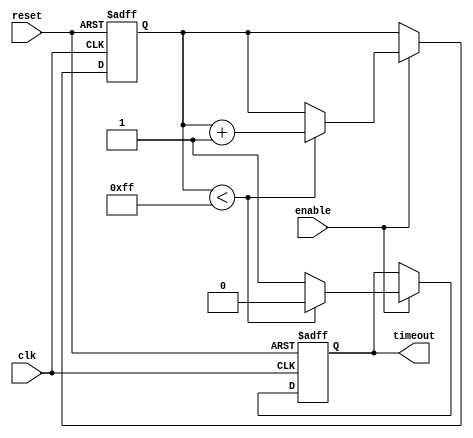
module timeout_counter #(
    parameter MAX_COUNT = 8'd255 // Define the maximum count value (timeout value)
)(
    input wire clk,               // Clock input
    input wire reset,             // Asynchronous reset input
    input wire enable,            // Enable input
    output reg timeout            // Timeout output signal
);

    reg [7:0] counter;            // Counter register (8 bits to hold count)

    // Asynchronous reset and counting logic
    always @(posedge clk or posedge reset) begin
        if (reset) begin
            counter <= 8'd0;       // Reset counter to 0
            timeout <= 1'b0;       // Reset timeout signal
        end else if (enable) begin
            if (counter < MAX_COUNT) begin
                counter <= counter + 1; // Increment counter
                timeout <= 1'b0;         // Clear timeout signal
            end else begin
                timeout <= 1'b1;         // Set timeout signal
            end
        end
    end

endmodule